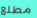
مطلع